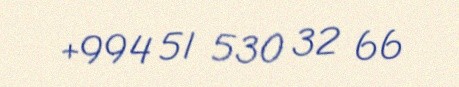
+994 51 530 32 66